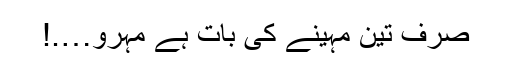
صرف تین مہینے کی بات ہے مہرو….!